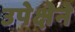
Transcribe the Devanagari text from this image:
उपेक्षेने